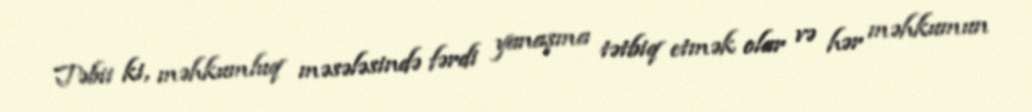
Təbii ki, məhkumluq məsələsində fərdi yanaşma tətbiq etmək olar və hər məhkumun